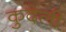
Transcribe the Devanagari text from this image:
कुदेली